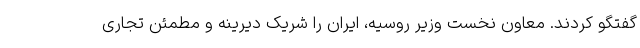
گفتگو کردند. معاون نخست وزیر روسیه، ایران را شریک دیرینه و مطمئن تجاری